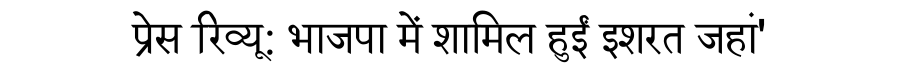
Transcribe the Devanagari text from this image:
प्रेस रिव्यू: भाजपा में शामिल हुईं इशरत जहां'